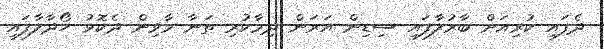
ދެފައި ކުރިއަށް ބާރުލާފައި ސިޑިން އަރަން ދިމާކުރި ތަނާ މާވިން ދެކޮޅު ހޯދާލާފައި